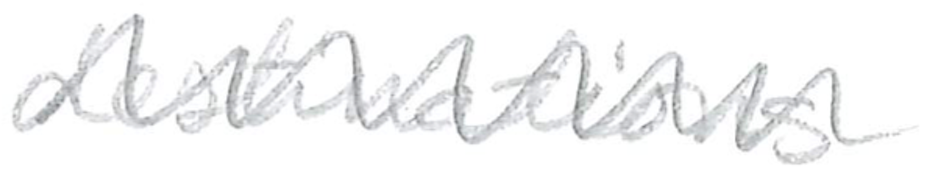
Text: destinations
Cross-out: zig-zag
Writing tool: pencil